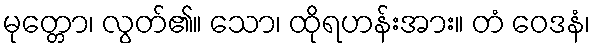
မုတ္တော၊ လွတ်၏။ သော၊ ထိုရဟန်းအား။ တံ ဝေဒနံ၊